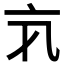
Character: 𠅂